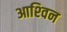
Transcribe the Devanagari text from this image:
आश्‍विन